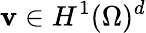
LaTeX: {\mathbf v}\in H^{1}(\Omega)^{d}